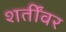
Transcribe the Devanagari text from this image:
शर्तींवर